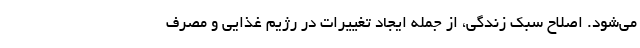
می‌شود. اصلاح سبک زندگی، از جمله ایجاد تغییرات در رژیم غذایی و مصرف